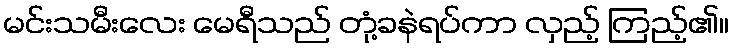
မင်းသမီးလေး မေရီသည် တုံ့ခနဲရပ်ကာ လှည့် ကြည့်၏။